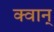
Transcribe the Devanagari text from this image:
क्वान्